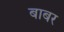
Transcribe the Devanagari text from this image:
बाबर